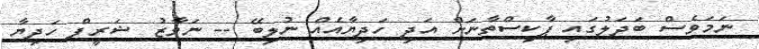
ނަމަވެސް ބަދަލުގައި ޕާކިސްތާނަށް އަދި ހަދިޔާއެއް ނުލިބޭ -- ނަވާޒު ޝަރީފް ހަދިޔާ